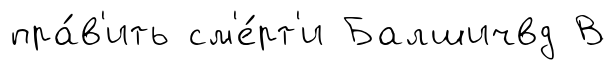
пра́в'ить см'е́рт'и Балшичвд В